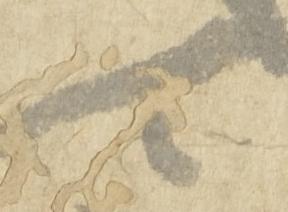
可